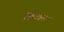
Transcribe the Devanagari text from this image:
व्हिटास